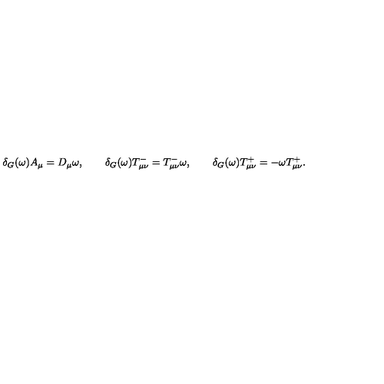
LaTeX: \delta _ { G } ( \omega ) A _ { \mu } = D _ { \mu } \omega , \qquad \delta _ { G } ( \omega ) T _ { \mu \nu } ^ { - } = T _ { \mu \nu } ^ { - } \omega , \qquad \delta _ { G } ( \omega ) T _ { \mu \nu } ^ { + } = - \omega T _ { \mu \nu } ^ { + } .